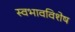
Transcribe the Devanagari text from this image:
स्वभावविशेष